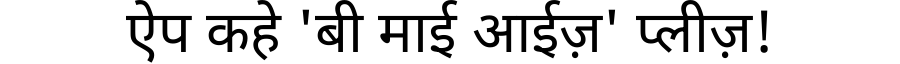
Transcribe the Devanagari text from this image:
ऐप कहे 'बी माई आईज़' प्लीज़!